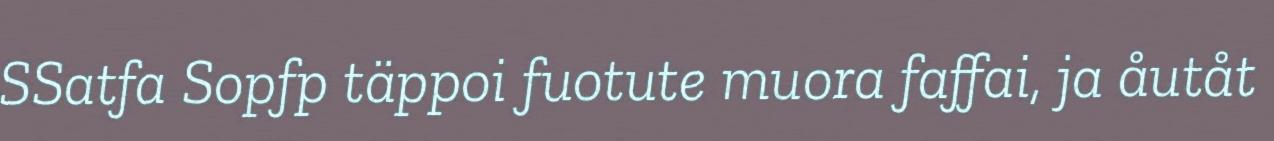
SSatfa Sopfp täppoi fuotute muora faffai, ja åutåt